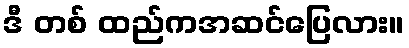
ဒီ တစ် ထည်ကအဆင်ပြေလား။